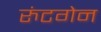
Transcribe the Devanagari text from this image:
रुंटगेन